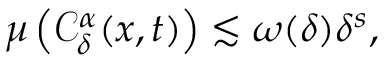
\begin{array} { r } { \mu \left( \mathcal { C } _ { \delta } ^ { \alpha } ( x , t ) \right) \lesssim \omega ( \delta ) \delta ^ { s } , } \end{array}